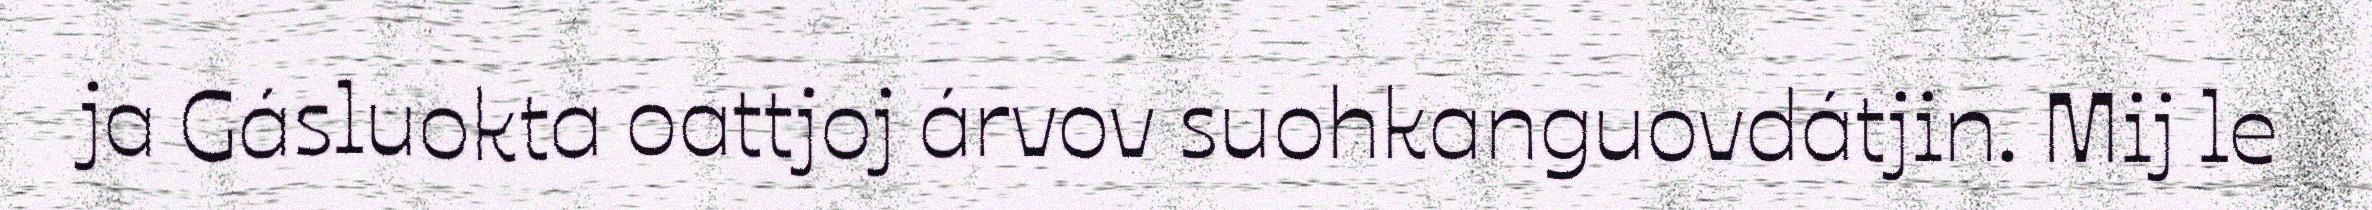
ja Gásluokta oattjoj árvov suohkanguovdátjin. Mij le